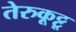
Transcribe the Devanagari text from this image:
तेरुकूट्टू